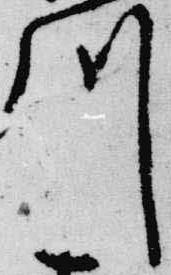
川